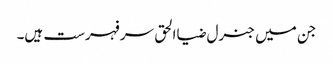
جن میں جنرل ضیاالحق سر فہرست ہیں۔